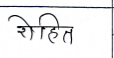
मजकूर: रोहित